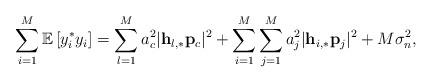
LaTeX: \begin{align*}\sum_{i=1}^{M}\mathbb{E}\left[y_i^* y_i\right]=\sum_{l=1}^M a_c^2\lvert\mathbf{h}_{l,*}\mathbf{p}_c\rvert^2+\sum_{i=1}^M\sum_{j=1}^M a_j^2\lvert\mathbf{h}_{i,*}\mathbf{p}_j\rvert^2+M\sigma_n^2,\end{align*}